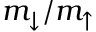
m _ { \downarrow } / m _ { \uparrow }